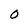
Character: O